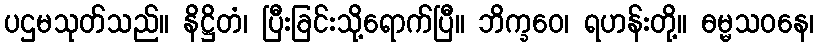
ပဌမသုတ်သည်။ နိဋ္ဌိတံ၊ ပြီးခြင်းသို့ရောက်ပြီ။ ဘိက္ခဝေ၊ ရဟန်းတို့။ ဓမ္မသဝနေ၊